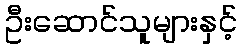
ဦးဆောင်သူများနှင့်